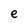
Character: e